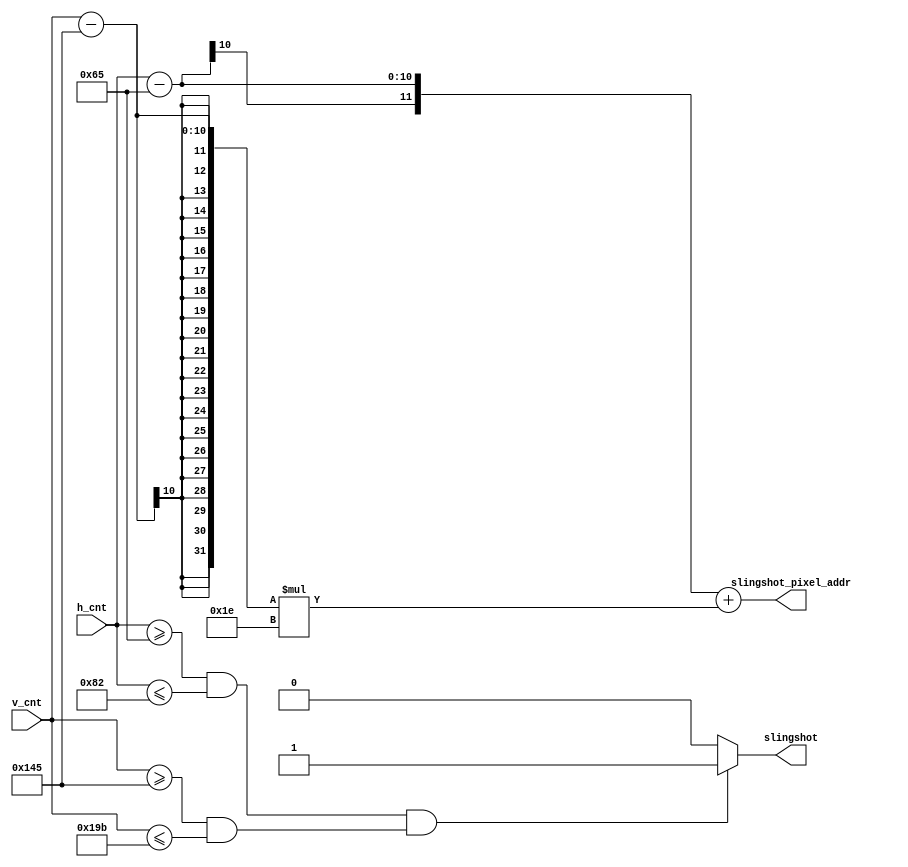
// <summary>
// A Slingshot Object that generates drawing information
// </summary>
module slingshot(
    // Basic input      
    input [10-1:0] h_cnt, v_cnt,

    // position output
    output slingshot,
    output [12-1:0] slingshot_pixel_addr
);

    wire [10-1:0] x1, x2, y1, y2;

    assign x1 = 10'd101;
    assign y1 = 10'd325;
    assign x2 = 10'd130;
    assign y2 = 10'd411;
    assign slingshot = ( (h_cnt >= x1 && h_cnt <= x2) && (v_cnt >= y1 && v_cnt <= y2) ) ? 1 : 0;
    assign slingshot_pixel_addr = (h_cnt-x1) + ((v_cnt-y1) * 30);

endmodule